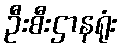
ဦးစီးဌာနရုံး